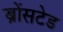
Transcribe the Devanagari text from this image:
ब्रोंसटेड